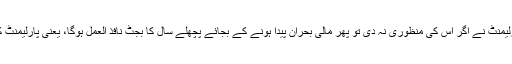
ملکی بجٹ بھی ایوان صدر میں بنے گا، پارلیمنٹ نے اگر اس کی منظوری نہ دی تو پھر مالی بحران پیدا ہونے کے بجائے پچھلے سال کا بجٹ نافذ العمل ہوگا، یعنی پارلیمنٹ کا بجٹ نامنظور کرنا بے سود ہی جائے گا۔